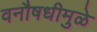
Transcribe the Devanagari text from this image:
वनौषधीमुळे